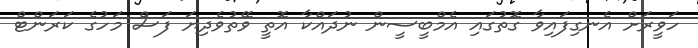
ހަވީރަށް އެނގިފައިވާ ގޮތުގައި އެމްބީސީން ނުދައްކާ އޮތީ ވޭތުވެދިޔަ ފަސް މަހުގެ ކަރަންޓް